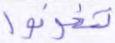
تخونوا